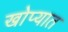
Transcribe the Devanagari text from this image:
खोप्यात